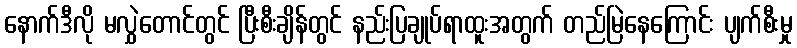
နောက်ဒီလို မလွှဲတောင်တွင် ပြီးစီးချိန်တွင် နည်းပြချုပ်ရာထူးအတွက် တည်မြဲနေကြောင်း ပျက်စီးမှု